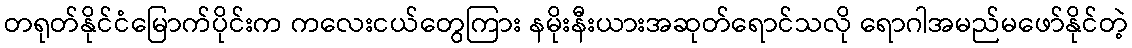
တရုတ်နိုင်ငံမြောက်ပိုင်းက ကလေးငယ်တွေကြား နမိုးနီးယားအဆုတ်ရောင်သလို ရောဂါအမည်မဖော်နိုင်တဲ့